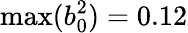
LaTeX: \operatorname*{max}(b_{0}^{2})=0.12